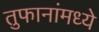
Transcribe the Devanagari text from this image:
तुफानांमध्ये